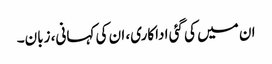
ان میں کی گئی اداکاری، ان کی کہانی، زبان۔